Report of the Indian Hemp Drugs Commission, 1894-1895 - Volume IV
Year: 1894
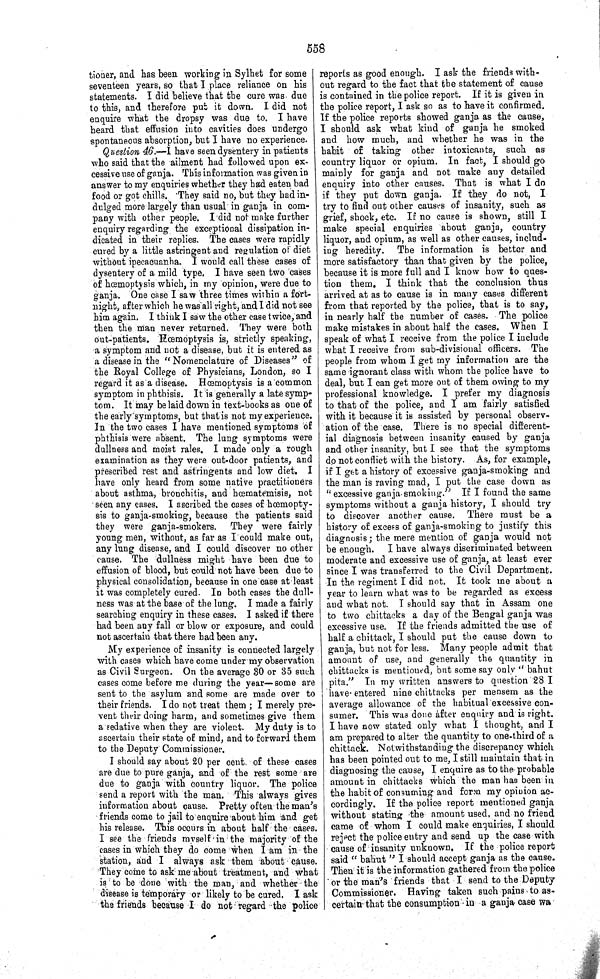
558
tioner, and has been working in Sylhet for some
seventeen years, so that I place reliance on his
statements. I did believe that the cure was due
to this, and therefore put it down. I did not
enquire what the dropsy was due to. I have
heard that effusion into cavities does undergo
spontaneous absorption, but I have no experience.
Question 46.—I have seen dysentery in patients
who said that the ailment had followed upon ex-
cessive use of ganja. This information was given in
answer to my enquiries whether they had eaten bad
food or got chills. They said no, but they had in-
dulged more largely than usual in ganja in com-
pany with other people. I did not make further
enquiry regarding the exceptional dissipation in-
dicated in their replies. The cases were rapidly
cured by a little astringent and regulation of diet
without ipecacuanha. I would call these cases of
dysentery of a mild type, I have seen two cases
of hœmoptysis which, in my opinion, were due to
ganja. One case I saw three times within a fort-
night, after which he was all right, and I did not see
him again. I think I saw the other case twice, and
then the man never returned. They were both
out-patients. Hœmoptysis is, strictly speaking,
a symptom and not a disease, but it is entered as
a disease in the "Nomenclature of Diseases" of
the Royal College of Physicians, London, so I
regard it as a disease. Hœmoptysis is a common
symptom in phthisis. It is generally a late symp-
tom. It may be laid down in text-books as one of
the early symptoms, but that is not my experience.
In the two cases I have mentioned symptoms of
phthisis were absent. The lung symptoms were
dullness and moist rales. I made only a rough
examination as they were out-door patients, and
prescribed rest and astringents and low diet. I
have only heard from some native practitioners
about asthma, bronchitis, and hœmatemisis, not
seen any cases. I ascribed the cases of hœmopty-
sis to ganja-smoking, because the patients said
they were ganja-smokers. They were fairly
young men, without, as far as I could make out,
any lung disease, and I could discover no other
cause. The dullness might have been due to
effusion of blood, but could not have been due to
physical consolidation, because in one case at least
it was completely cured. In both cases the dull-
ness was at the base of the lung. I made a fairly
searching enquiry in these cases. I asked if there
had been any fall or blow or exposure, and could
not ascertain that there had been any.
My experience of insanity is connected largely
with cases which have come under my observation
as Civil Surgeon. On the average 30 or 35 such
cases come before me during the year—some are
sent to the asylum and some are made over to
their friends. I do not treat them; I merely pre-
vent their doing harm, and sometimes give them
a sedative when they are violent. My duty is to
ascertain their state of mind, and to forward them
to the Deputy Commissioner.
I should say about 20 per cent. of these cases
are due to pure ganja, and of the rest some are
due to ganja with country liquor. The police
send a report with the man. This always gives
information about cause. Pretty often the man's
friends come to jail to enquire about him and get
his release. This occurs in about half the cases.
I see the friends myself in the majority of the
cases in which they do come when I am in the
station, and I always ask them about cause.
They come to ask me about treatment, and what
is to be done with the man, and whether the
disease is temporary or likely to be cured. I ask
the friends because I do not regard the police
reports as good enough. I ask the friends with-
out regard to the fact that the statement of cause
is contained in the police report. If it is given in
the police report, I ask so as to have it confirmed.
If the police reports showed ganja as the cause,
I should ask what kind of ganja he smoked
and how much, and whether he was in the
habit of taking other intoxicants, such as
country liquor or opium. In fact, I should go
mainly for ganja and not make any detailed
enquiry into other causes. That is what I do
if they put down ganja. If they do not, I
try to find out other causes of insanity, such as
grief, shock, etc. If no cause is shown, still I
make special enquiries about ganja, country
liquor, and opium, as well as other causes, includ-
ing heredity. The information is better and
more satisfactory than that given by the police,
because it is more full and I know how to ques-
tion them. I think that the conclusion thus
arrived at as to cause is in many cases different
from that reported by the police, that is to say,
in nearly half the number of cases. The police
make mistakes in about half the cases. When I
speak of what I receive from the police I include
what I receive from sub-divisional officers. The
people from whom I get my information are the
same ignorant class with whom the police have to
deal, but I can get more out of them owing to my
professional knowledge. I prefer my diagnosis
to that of the police, and I am fairly satisfied
with it because it is assisted by personal observ-
ation of the case. There is no special different-
ial diagnosis between insanity caused by ganja
and other insanity, but I see that the symptoms
do not conflict with the history. As, for example,
if I get a history of excessive ganja-smoking and
the man is raving mad, I put the case down as
"excessive ganja-smoking." If I found the same
symptoms without a ganja history, I should try
to discover another cause. There must be a
history of excess of ganja-smoking to justify this
diagnosis; the mere mention of ganja would not
be enough. I have always discriminated between
moderate and excessive use of ganja, at least ever
since I was transferred to the Civil Department.
In the regiment I did not. It took me about a
year to learn what was to be regarded as excess
and what not. I should say that in Assam one
to two chittacks a day of the Bengal ganja was
excessive use. If the friends admitted the use of
half a chittack, I should put the cause down to
ganja, but not for less. Many people admit that
amount of use, and generally the quantity in
chittacks is mentioned, but some say only "bahut
pita." In my written answers to question 28 I
have entered nine chittacks per mensem as the
average allowance of the habitual excessive con-
sumer. This was done after enquiry and is right.
I have now stated only what I thought, and I
am prepared to alter the quantity to one-third of a
chittack. Notwithstanding the discrepancy which
has been pointed out to me, I still maintain that in
diagnosing the cause, I enquire as to the probable
amount in chittacks which the man has been in
the habit of consuming and form my opinion ac-
cordingly. If the police report mentioned ganja
without stating the amount used, and no friend
came of whom I could make enquiries, I should
reject the police entry and send up the case with
cause of insanity unknown. If the police report
said "bahut" I should accept ganja as the cause.
Then it is the information gathered from the police
or the man's friends that I send to the Deputy
Commissioner. Having taken such pains to as-
certain that the consumption in a ganja case wa